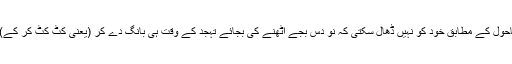
آج کل کے ماحول کے مطابق خود کو نہیں ڈھال سکتی کہ نو دس بجے اٹھنے کی بجائے تہجد کے وقت ہی بانگ دے کر (یعنی کٹ کٹ کر کے)اٹھا دیتی ہے۔